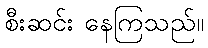
စီးဆင်း နေကြသည်။